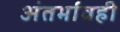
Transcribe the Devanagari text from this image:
अंतर्भावही